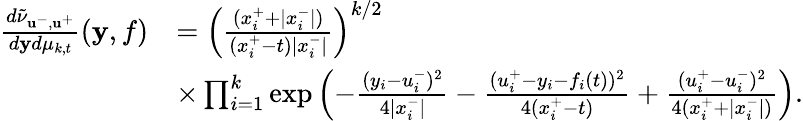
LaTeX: \begin{array}{rl}{\frac{d\tilde{\nu}_{\mathbf{u}^{-},\mathbf{u}^{+}}}{d\mathbf{y}d\mu_{k,t}}(\mathbf{y},f)}&{=\left(\frac{(x_{i}^{+}+|x_{i}^{-}|)}{(x_{i}^{+}-t)|x_{i}^{-}|}\right)^{k/2}}\\ &{\times\prod_{i=1}^{k}\exp\left(-\frac{(y_{i}-u_{i}^{-})^{2}}{4|x_{i}^{-}|}-\frac{(u_{i}^{+}-y_{i}-f_{i}(t))^{2}}{4(x_{i}^{+}-t)}+\frac{(u_{i}^{+}-u_{i}^{-})^{2}}{4(x_{i}^{+}+|x_{i}^{-}|)}\right).}\end{array}